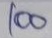
100